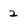
Character: 2